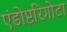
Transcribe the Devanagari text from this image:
एंडोप्टरिगोटा